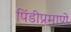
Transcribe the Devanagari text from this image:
पिंडीप्रमाणे